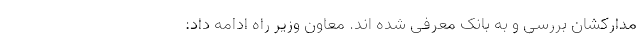
مدارکشان بررسی و به بانک معرفی شده اند. معاون وزیر راه ادامه داد: